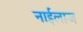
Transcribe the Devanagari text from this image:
नाईलाज